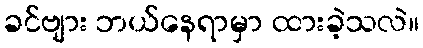
ခင်ဗျား ဘယ်နေရာမှာ ထားခဲ့သလဲ။